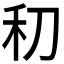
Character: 𰨛